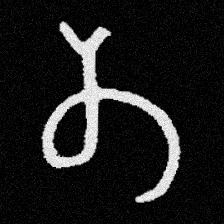
Pyu character \u2014 Myanmar letter: တ (romanized: ta)